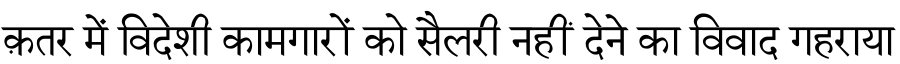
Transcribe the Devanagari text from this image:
क़तर में विदेशी कामगारों को सैलरी नहीं देने का विवाद गहराया